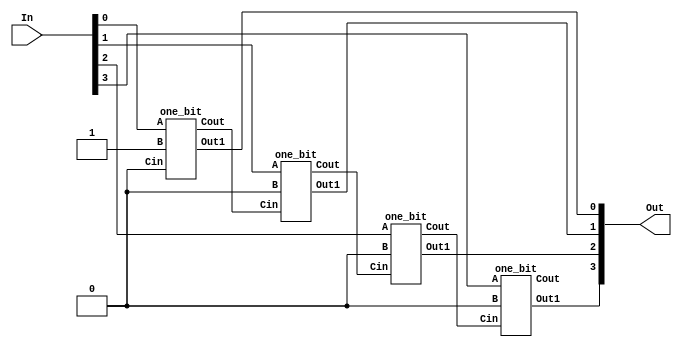
module two_s_complement(In,Out);
    input [3:0] In;
    output [3:0] Out;
    // Your code goes here.  DO NOT change anything that is already given! Otherwise, you will not be able to pass the tests!
    wire Cin[3:0];
    //FOUR BIT TWO'S COMPLEMENT IS MADE OF 4 ONE BIT TWOSCOMP
    one_bit two1(In[0], 1'b1, 1'b0, Out[0], Cin[0]);
    one_bit two2(In[1], 1'b0, Cin[0], Out[1], Cin[1]);
    one_bit two3(In[2], 1'b0, Cin[1], Out[2], Cin[2]);
    one_bit two4(In[3], 1'b0, Cin[2], Out[3], Cin[3]);
endmodule  

//ONE BIT IMPLEMENTATION OF TWOSCOMPLEMENT
module one_bit(A, B, Cin, Out1, Cout);
    input A, B, Cin;
    output Out1, Cout;

    assign Out1 = ((~A) ^ B ^ Cin);
    assign Cout = (~A & B) ^ ((~A ^ B) & Cin);
endmodule